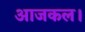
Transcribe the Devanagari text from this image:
आजकल।